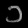
Digit: ၁